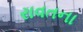
રાવતના